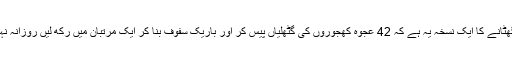
کولیسٹرول کی سطح گھٹانے کا ایک نسخہ یہ ہے کہ 42 عجوہ کھجوروں کی گٹھلیاں پیس کر اور باریک سفوف بنا کر ایک مرتبان میں رکھ لیں روزانہ نہار منہ استعمال کریں ۔